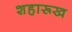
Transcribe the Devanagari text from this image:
शहारूख